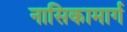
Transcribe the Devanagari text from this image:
नासिकामार्ग